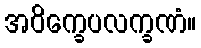
အဝိက္ခေပလက္ခဏံ။